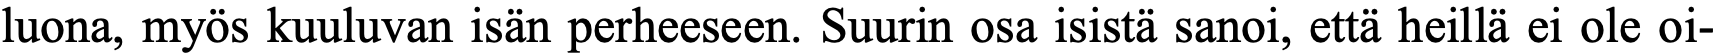
luona, myös kuuluvan isän perheeseen. Suurin osa isistä sanoi, että heillä ei ole oi-